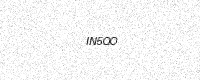
Text: IN5QO